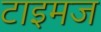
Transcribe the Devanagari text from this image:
टाइमज